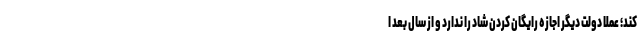
کند؛ عملا دولت دیگر اجازه رایگان کردن شاد را ندارد و از سال بعد ا